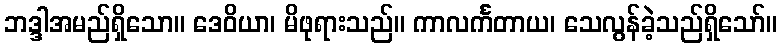
ဘဒ္ဒါအမည်ရှိသော။ ဒေဝိယာ၊ မိဖုရားသည်။ ကာလင်္ကတာယ၊ သေလွန်ခဲ့သည်ရှိသော်။